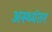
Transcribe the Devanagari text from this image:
अस्थ्यंतर